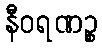
နီဝရဏဉ္စ